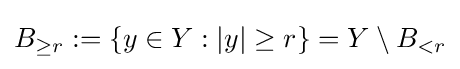
B_{\geq r}:=\{y\in Y:|y|\geq r\}=Y\setminus B_{<r}